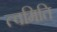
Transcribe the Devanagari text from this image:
त्वमिति